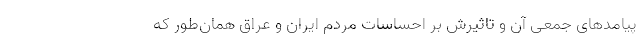
پیامدهای جمعی آن و تاثیرش بر احساسات مردم ایران و عراق همان‌طور که